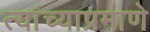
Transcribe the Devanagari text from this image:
त्यांच्याप्रमाणे